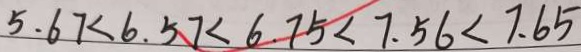
5 . 6 7 < 6 . 5 7 < 6 . 7 5 < 7 . 5 6 < 7 . 6 5